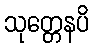
သုတ္တေနပိ